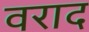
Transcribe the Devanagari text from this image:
वराद